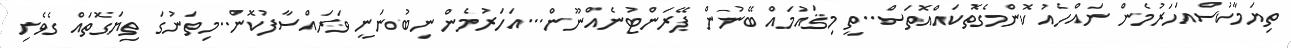
ތިޔަމާކުސްއަހަރުމެން ނައްހެއު ކޮންމެގޮތކައްއޮތަސް..ތީ މިޤައުމައް ބޭނުން ޕޭރަންޓުނެއްނޫން...އަހަރުމެން ނިބުނަނީ ވަރައްސާފުކޮން..މިތަނުގަ ތިޔަގޮތައް ގެވެށި